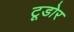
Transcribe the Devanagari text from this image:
टूडोर